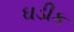
ઘડીક